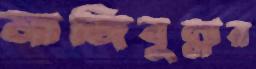
নাজিবুল্লার